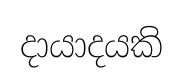
දායාදයකි